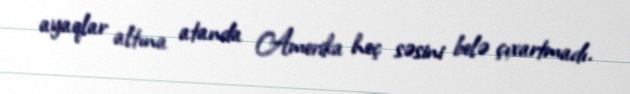
ayaqlar altına atanda Amerika heç səsini belə çıxartmadı.